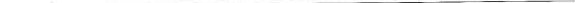
___